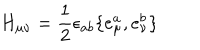
H _ { \mu \nu } = \frac 1 2 \epsilon _ { a b } \{ e _ { \mu } ^ { a } , e _ { \nu } ^ { b } \}